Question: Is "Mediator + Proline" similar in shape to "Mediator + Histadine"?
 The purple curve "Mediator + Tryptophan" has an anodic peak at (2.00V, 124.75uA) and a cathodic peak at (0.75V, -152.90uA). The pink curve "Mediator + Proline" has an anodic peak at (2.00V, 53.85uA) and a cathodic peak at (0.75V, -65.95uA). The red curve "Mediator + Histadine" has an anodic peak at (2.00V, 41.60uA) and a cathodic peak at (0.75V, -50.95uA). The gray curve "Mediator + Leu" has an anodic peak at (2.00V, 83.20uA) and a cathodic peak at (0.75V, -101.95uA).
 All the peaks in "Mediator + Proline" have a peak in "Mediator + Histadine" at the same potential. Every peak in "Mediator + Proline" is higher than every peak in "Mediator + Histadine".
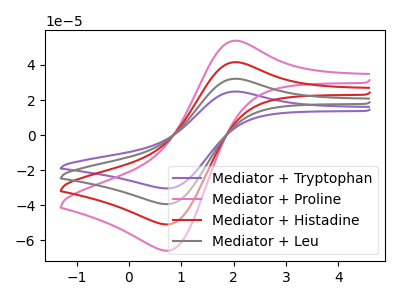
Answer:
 <answer>"Mediator + Proline" and "Mediator + Histadine" are similar in shape.</answer>
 <eval>same_shape</eval>